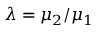
\lambda = \mu _ { 2 } / \mu _ { 1 }